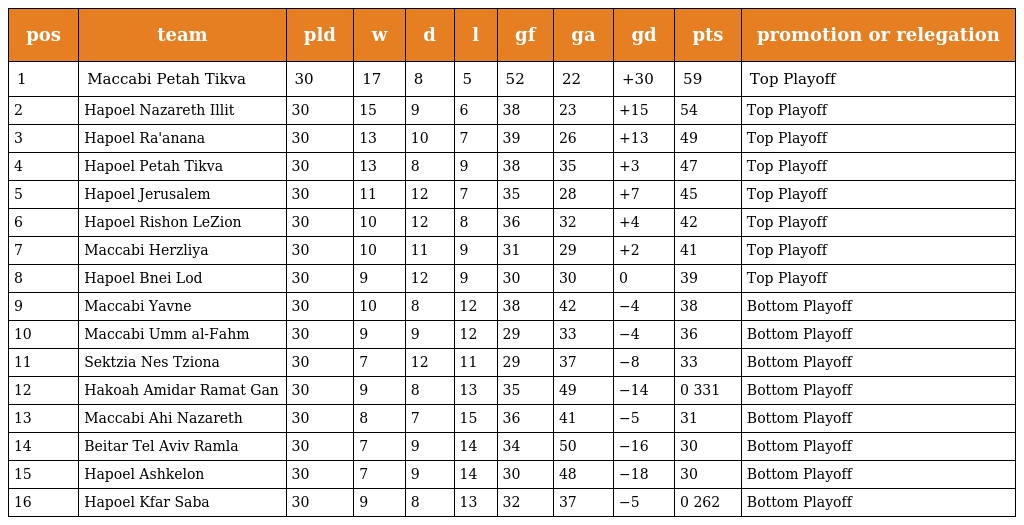
| pos | team | pld | w | d | l | gf | ga | gd | pts | promotion or relegation |
 | --- | --- | --- | --- | --- | --- | --- | --- | --- | --- | --- |
 | 1 | Maccabi Petah Tikva | 30 | 17 | 8 | 5 | 52 | 22 | +30 | 59 | Top Playoff |
 | 2 | Hapoel Nazareth Illit | 30 | 15 | 9 | 6 | 38 | 23 | +15 | 54 | Top Playoff |
 | 3 | Hapoel Ra'anana | 30 | 13 | 10 | 7 | 39 | 26 | +13 | 49 | Top Playoff |
 | 4 | Hapoel Petah Tikva | 30 | 13 | 8 | 9 | 38 | 35 | +3 | 47 | Top Playoff |
 | 5 | Hapoel Jerusalem | 30 | 11 | 12 | 7 | 35 | 28 | +7 | 45 | Top Playoff |
 | 6 | Hapoel Rishon LeZion | 30 | 10 | 12 | 8 | 36 | 32 | +4 | 42 | Top Playoff |
 | 7 | Maccabi Herzliya | 30 | 10 | 11 | 9 | 31 | 29 | +2 | 41 | Top Playoff |
 | 8 | Hapoel Bnei Lod | 30 | 9 | 12 | 9 | 30 | 30 | 0 | 39 | Top Playoff |
 | 9 | Maccabi Yavne | 30 | 10 | 8 | 12 | 38 | 42 | −4 | 38 | Bottom Playoff |
 | 10 | Maccabi Umm al-Fahm | 30 | 9 | 9 | 12 | 29 | 33 | −4 | 36 | Bottom Playoff |
 | 11 | Sektzia Nes Tziona | 30 | 7 | 12 | 11 | 29 | 37 | −8 | 33 | Bottom Playoff |
 | 12 | Hakoah Amidar Ramat Gan | 30 | 9 | 8 | 13 | 35 | 49 | −14 | 0 331 | Bottom Playoff |
 | 13 | Maccabi Ahi Nazareth | 30 | 8 | 7 | 15 | 36 | 41 | −5 | 31 | Bottom Playoff |
 | 14 | Beitar Tel Aviv Ramla | 30 | 7 | 9 | 14 | 34 | 50 | −16 | 30 | Bottom Playoff |
 | 15 | Hapoel Ashkelon | 30 | 7 | 9 | 14 | 30 | 48 | −18 | 30 | Bottom Playoff |
 | 16 | Hapoel Kfar Saba | 30 | 9 | 8 | 13 | 32 | 37 | −5 | 0 262 | Bottom Playoff |